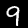
Digit: 9